Lunatic asylums Madras 1877-1891 - 1877-1891
Year: 1877
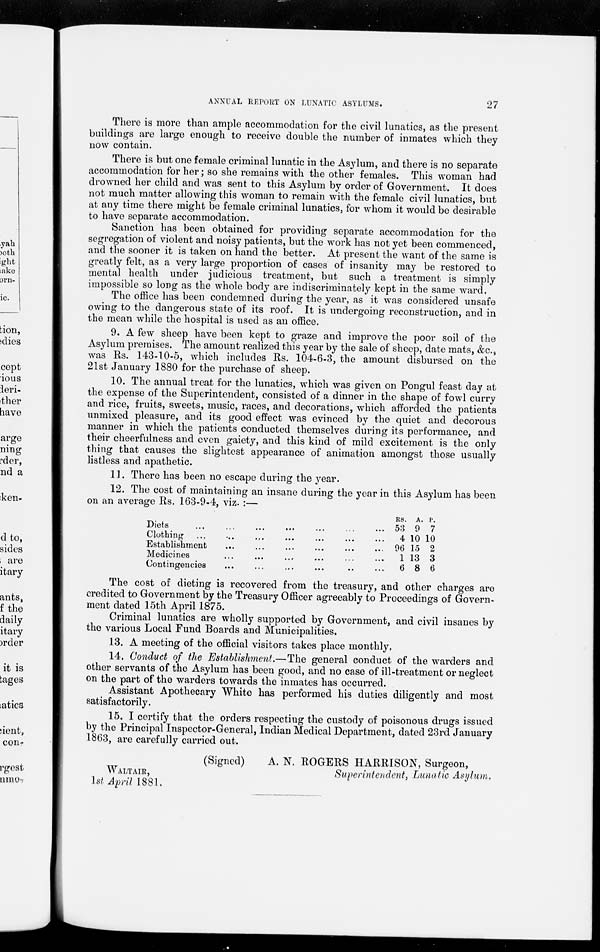
27
ANNUAL REPORT ON LUNATIC ASYLUMS.
There is more than ample accommodation for the civil lunatics, as the present
buildings are large enough to receive double the number of inmates which they
now contain.
There is but one female criminal lunatic in the Asylum, and there is no separate
accommodation for her ; so she remains with the other females. This woman had
drowned her child and was sent to this Asylum by order of Government. It does
not much matter allowing this woman to remain with the female civil lunatics, but
at any time there might be female criminal lunatics, for whom it would be desirable
to have separate accommodation.
Sanction has been obtained for providing separate accommodation for the
segregation of violent and noisy patients, but the work has not yet been commenced,
and the sooner it is taken on hand the better. At present the want of the same is
greatly felt, as a very large proportion of cases of insanity may be restored to
mental health under judicious treatment, but such a treatment is simply
impossible so long as the whole body are indiscriminately kept in the same ward.
The office has been condemned during the year, as it was considered unsafe
owing to the dangerous state of its roof. It is undergoing reconstruction, and in
the mean while the hospital is used as an office.
9. A few sheep have been kept to graze and improve the poor soil of the
Asylum premises. The amount realized this year by the sale of sheep, date mats, &c.,
was Rs. 143-10-5, which includes Rs. 104-6-3, the amount disbursed on the
21st January 1880 for the purchase of sheep.
10. The annual treat for the lunatics, which was given on Pongul feast day at
the expense of the Superintendent, consisted of a dinner in the shape of fowl curry
and rice, fruits, sweets, music, races, and decorations, which afforded the patients
unmixed pleasure, and its good effect was evinced by the quiet and decorous
manner in which the patients conducted themselves during its performance, and
their cheerfulness and even gaiety, and this kind of mild excitement is the only
thing that causes the slightest appearance of animation amongst those usually
listless and apathetic.
11. There has been no escape during the year.
12. The cost of maintaining an insane during the year in this Asylum has been
on an average Rs. 163-9-4, viz. :—
Diets ... ... ... ... ... ... ...
Clothing
...
...
...
...
...
...
Establishment
... ... ... ... ... ...
Medicines ... ... ... ... ... ...
Contingencies ... ... ... ... ... ...
RS.
53
4
96
1
6
A.
9
10
15
13
8
P.
7
10
2
3
6
The cost of dieting is recovered from the treasury, and other charges are
credited to Government by the Treasury Officer agreeably to Proceedings of Govern-
ment dated 15th April 1875.
Criminal lunatics are wholly supported by Government, and civil insanes by
the various Local Fund Boards and Municipalities.
13. A meeting of the official visitors takes place monthly.
14. Conduct of the Establishment.—The general conduct of the warders and
other servants of the Asylum has been good, and no case of ill-treatment or neglect
on the part of the warders towards the inmates has occurred.
Assistant Apothecary White has performed his duties diligently and most
satisfactorily.
15. I certify that the orders respecting the custody of poisonous drugs issued
by the Principal Inspector-General, Indian Medical Department, dated 23rd January
1863, are carefully carried out.
(Signed)
A. N. ROGERS HARRISON, Surgeon,
WALTAIR,
Superintendent,
Lunatic Asylum.
1st April 1881.